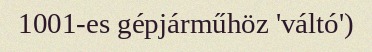
1001-es gépjárműhöz 'váltó')